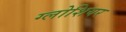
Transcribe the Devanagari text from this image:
ग्लोशियर